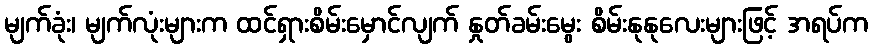
မျက်ခုံး၊ မျက်လုံးများက ထင်ရှားစိမ်းမှောင်လျက် နှုတ်ခမ်းမွေး စိမ်းနုနုလေးများဖြင့် အရပ်က